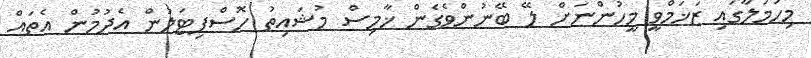
މިހަމަލާގައި ޒަޚަމްވީ މީހުންނަށް ލޭ ބޭނުންވެގެން ޚާމިސް މުޝައިތު ހޮސްޕިޓަލުން އެދުމުން އެތައް